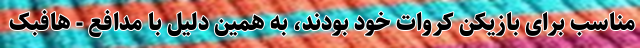
مناسب برای بازیکن کروات خود بودند، به همین دلیل با مدافع - هافبک